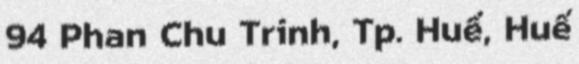
94 Phan Chu Trinh, Tp. Huế, Huế